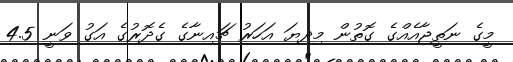
މީގެ ނަތީޖާއެއްގެ ގޮތުން މިދިޔަ އަހަރު ޗައިނާގެ ގެދޮރުގެ އަގު ވަނީ 4.5